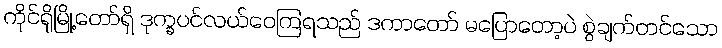
ကိုင်ရိုမြို့တော်ရှိ ဒုက္ခပင်လယ်ဝေကြရသည် ဒကာတော် မပြောတော့ပဲ စွဲချက်တင်သော